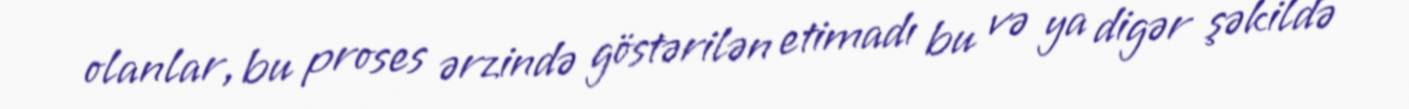
olanlar, bu proses ərzində göstərilən etimadı bu və ya digər şəkildə